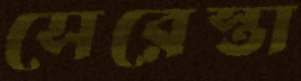
সেরেস্তা